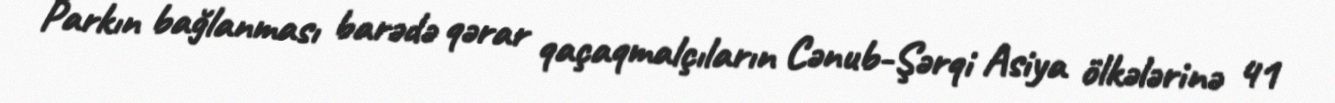
Parkın bağlanması barədə qərar qaçaqmalçıların Cənub-Şərqi Asiya ölkələrinə 41